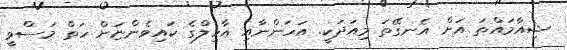
ޝިއާމައްތަ އަށް އެނގޭތަ މިއަދަކީ. އަހަންނާއި އާހިލްގެ ކައިވެންޏަށް ހަތް މަސްވީ